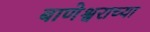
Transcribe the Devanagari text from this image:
बाणेश्वराच्या